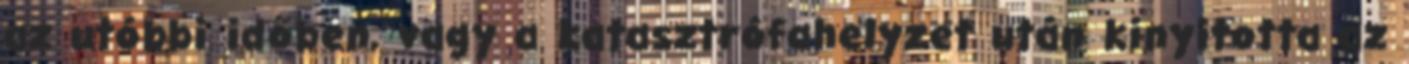
az utóbbi időben, vagy a katasztrófahelyzet után kinyitotta az